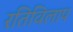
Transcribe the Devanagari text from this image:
रतिविलाप